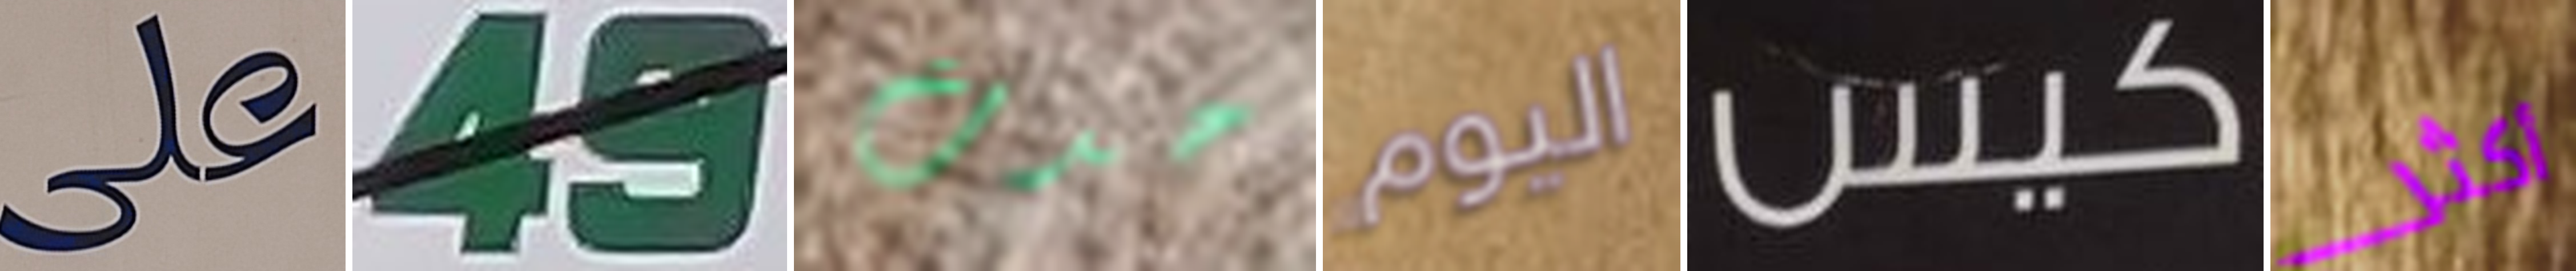
على 49 حدث اليوم كيس أكثر